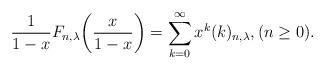
LaTeX: \begin{align*}\frac{1}{1-x}F_{n,\lambda}\bigg(\frac{x}{1-x}\bigg)=\sum_{k=0}^{\infty}x^{k}(k)_{n,\lambda},(n\ge 0).\end{align*}